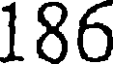
186